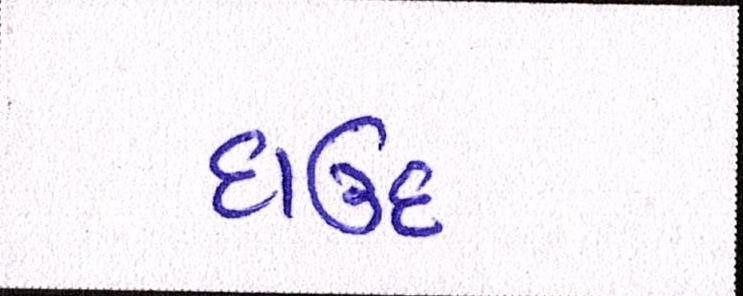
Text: દાઉદ